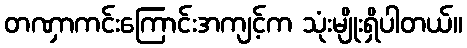
တဏှာကင်းကြောင်းအကျင့်က သုံးမျိုးရှိပါတယ်။